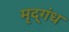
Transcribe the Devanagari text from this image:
मृद्‌गंध